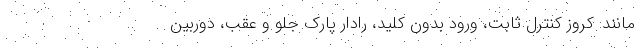
مانند: کروز کنترل ثابت، ورود بدون کلید، رادار پارک جلو و عقب، دوربین